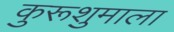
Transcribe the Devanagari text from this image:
कुरूशुमाला